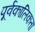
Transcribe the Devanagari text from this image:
पूर्वकालिकता